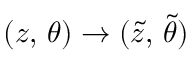
( z , \, \theta ) \rightarrow ( { \tilde { z } } , \, { \tilde { \theta } } )